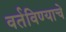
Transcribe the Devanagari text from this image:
वर्तविण्याचे